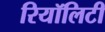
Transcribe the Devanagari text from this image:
रियॉलिटी